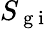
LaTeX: S_{\mathrm{~g~i~}}